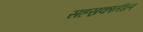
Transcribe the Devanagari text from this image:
सहस्रकातील